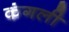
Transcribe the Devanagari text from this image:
कंगली